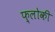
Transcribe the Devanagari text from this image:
फ़्लोकी